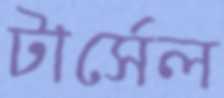
টার্সেল